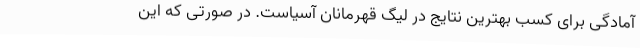
آمادگی برای کسب بهترین نتایج در لیگ قهرمانان آسیاست. در صورتی که این